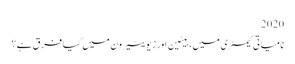
2020
نامیاتی کیمسٹری میں ، بیٹین اور زیویٹیرون میں کیا فرق ہے؟